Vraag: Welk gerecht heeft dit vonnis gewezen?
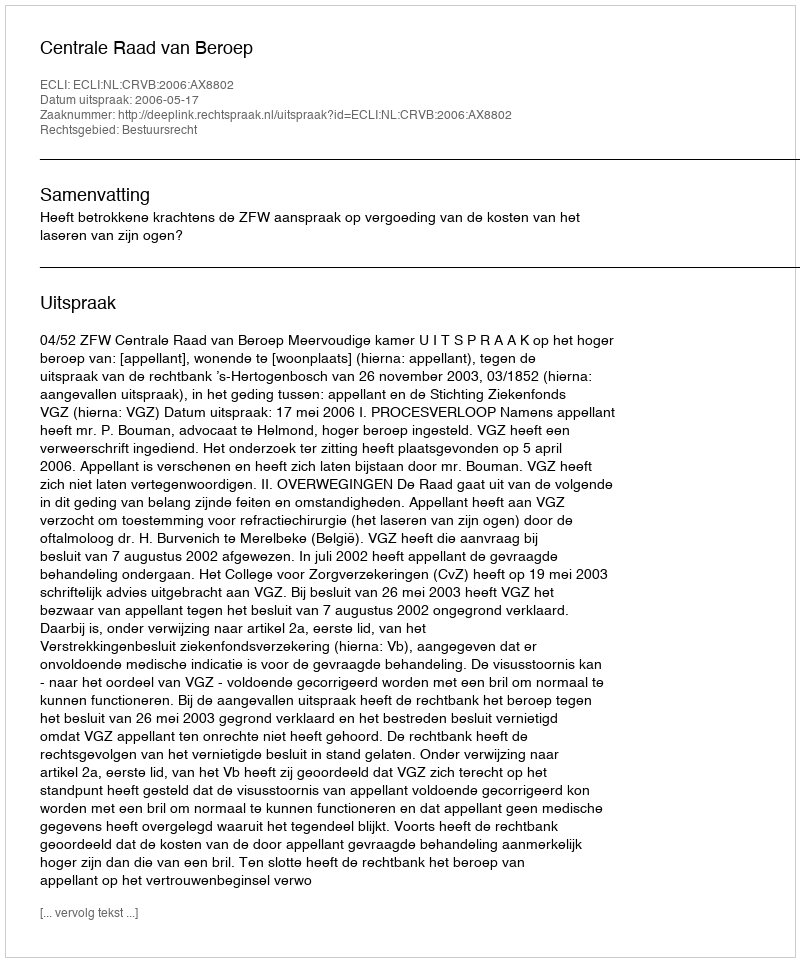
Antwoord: Centrale Raad van Beroep